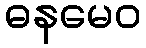
ဓနမေဝ